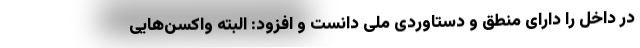
در داخل را دارای منطق و دستاوردی ملی دانست و افزود: البته واکسن‌هایی